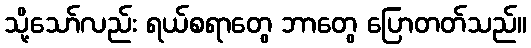
သို့သော်လည်း ရယ်စရာတွေ ဘာတွေ ပြောတတ်သည်။